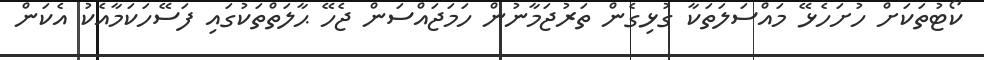
ކޯޓުތަކަށް ހުށަހެޅޭ މައްސަލަތަކާ ގުޅިގެން ތަރުޖަމާނުން ހަމަޖައްސަން ޖެހޭ ޙާލަތްތަކުގައި ފަސޭހަކަމާއެކު އެކަން